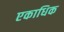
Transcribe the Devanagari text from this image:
एकाधिक